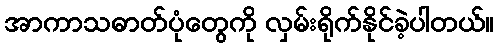
အာကာသဓာတ်ပုံတွေကို လှမ်းရိုက်နိုင်ခဲ့ပါတယ်။